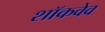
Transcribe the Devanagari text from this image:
शॉकवेव